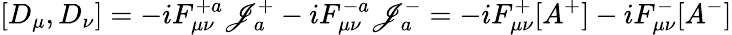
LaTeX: [D_{\mu},D_{\nu}]=-iF_{\mu\nu}^{+a}\mathscr{J}_{a}^{+}-iF_{\mu\nu}^{-a}\mathscr{J}_{a}^{-}=-iF_{\mu\nu}^{+}[A^{+}]-iF_{\mu\nu}^{-}[A^{-}]